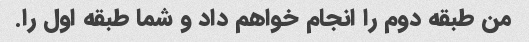
من طبقه دوم را انجام خواهم داد و شما طبقه اول را.